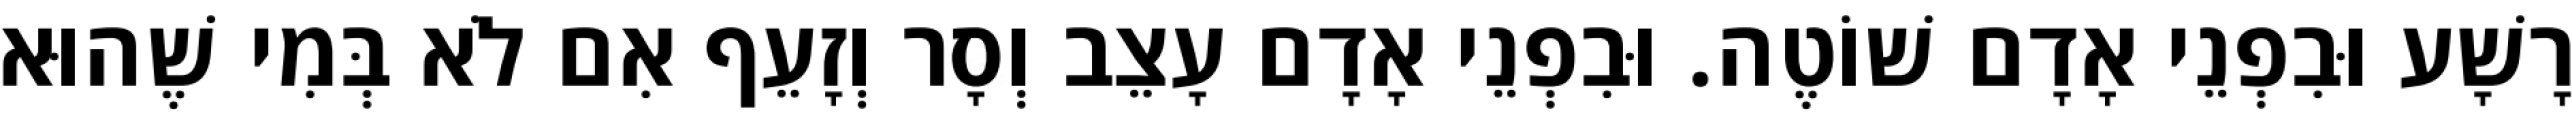
רָשָׁע וּבִפְנֵי אָדָם שׁוֹטֶה. וּבִפְנֵי אָדָם עָצֵב וְסָר וְזָעֵף אִם לֹא בְּמִי שֶׁהוּא